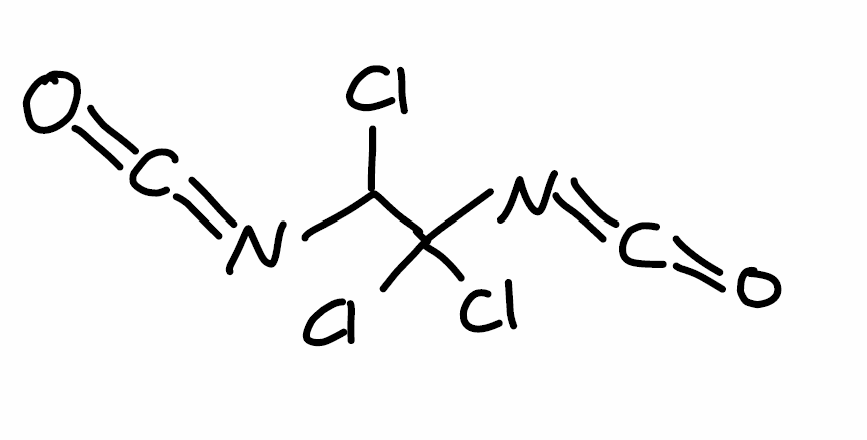
Simplified molecular-input line-entry system (SMILES) notation of the given molecule:
C(=NC(C(N=C=O)(Cl)Cl)Cl)=O